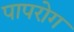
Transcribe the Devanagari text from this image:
पापरोग